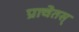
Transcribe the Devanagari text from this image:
प्राचेतस्